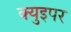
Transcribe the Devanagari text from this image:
क्युइपर